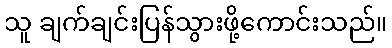
သူ ချက်ချင်းပြန်သွားဖို့ကောင်းသည်။